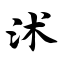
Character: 沭